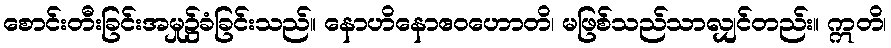
စောင်းတီးခြင်းအမှု၌ခံခြင်းသည်။ နောဟိနောဧဝဟောတိ၊ မဖြစ်သည်သာလျှင်တည်း။ ဣတိ၊